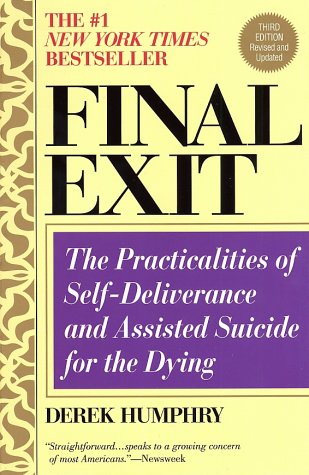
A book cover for Final Exit: The Practicalities of Self-Deliverance and Assisted Suicide for the Dying, 3rd Edition; Derek Humphry; Self-Help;